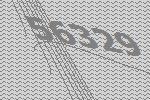
56329